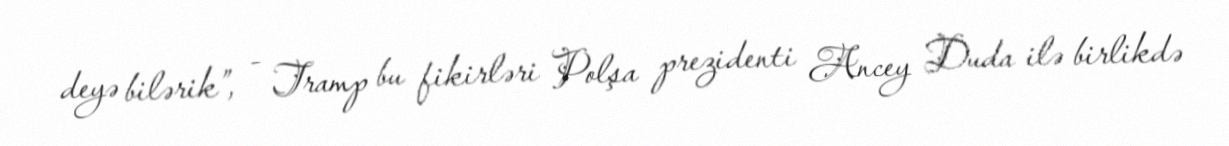
deyə bilərik”, - Tramp bu fikirləri Polşa prezidenti Ancey Duda ilə birlikdə